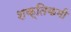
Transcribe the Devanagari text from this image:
शक्तिकमी